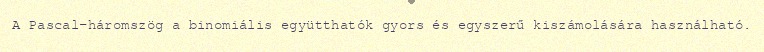
A Pascal-háromszög a binomiális együtthatók gyors és egyszerű kiszámolására használható.